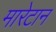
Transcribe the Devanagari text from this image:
मारेटान